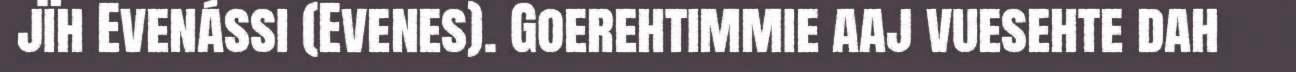
jïh Evenássi (Evenes). Goerehtimmie aaj vuesehte dah